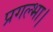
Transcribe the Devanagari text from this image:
प्रगल्भा।